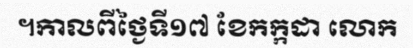
។កាលពីថ្ងៃទី១៧ ខែកក្កដា លោក